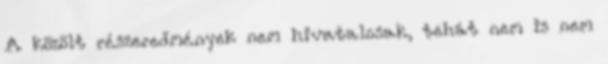
A közölt részeredmények nem hivatalosak, tehát nem is nem